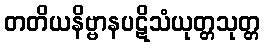
တတိယနိဗ္ဗာနပဋိသံယုတ္တသုတ္တ